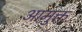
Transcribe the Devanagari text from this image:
आमुक्त